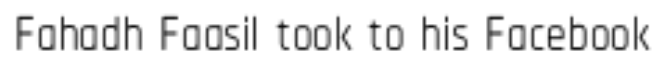
Fahadh Faasil took to his Facebook